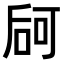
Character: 𠵲